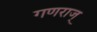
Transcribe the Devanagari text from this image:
गणराज्